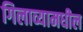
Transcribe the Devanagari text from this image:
गिलाव्यामधील